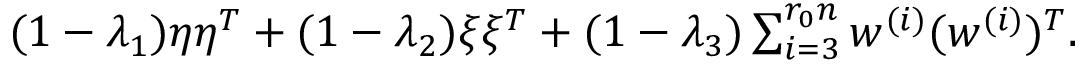
\begin{array} { r } { ( 1 - \lambda _ { 1 } ) \eta \eta ^ { T } + ( 1 - \lambda _ { 2 } ) \xi \xi ^ { T } + ( 1 - \lambda _ { 3 } ) \sum _ { i = 3 } ^ { r _ { 0 } n } w ^ { ( i ) } ( w ^ { ( i ) } ) ^ { T } . } \end{array}